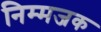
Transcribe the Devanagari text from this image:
निम्मजक